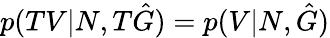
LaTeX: p(TV|N,T\hat{G})=p(V|N,\hat{G})